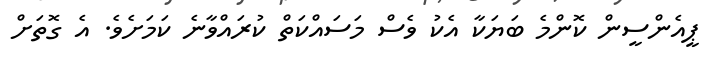
ޕީއެންސީން ކޮންމެ ބަޔަކާ އެކު ވެސް މަސައްކަތް ކުރައްވާނެ ކަމަށެވެ. އެ ގޮތަށް